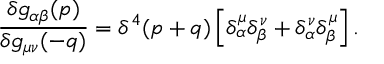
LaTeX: \frac { \delta g _ { \alpha \beta } ( p ) } { \delta g _ { \mu \nu } ( - q ) } = \delta ^ { 4 } ( p + q ) \left[ \delta _ { \alpha } ^ { \mu } \delta _ { \beta } ^ { \nu } + \delta _ { \alpha } ^ { \nu } \delta _ { \beta } ^ { \mu } \right] .